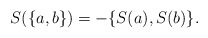
\begin{align*}S(\{a,b\})=-\{S(a),S(b)\}.\end{align*}